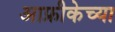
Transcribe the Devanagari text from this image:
आफ्रीकेच्या